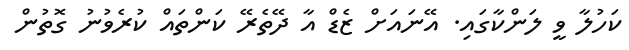
ކަހުލާ ވީ ލަންކާގައި. އޭނައަށް ޒެޑް އާ ދޭތެރޭ ކަންތައް ކުރެވުނު ގޮތުން